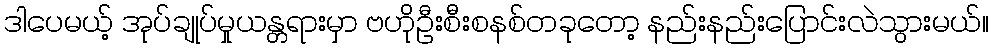
ဒါပေမယ့် အုပ်ချုပ်မှုယန္တရားမှာ ဗဟိုဦးစီးစနစ်တခုတော့ နည်းနည်းပြောင်းလဲသွားမယ်။